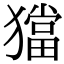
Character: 𤢎